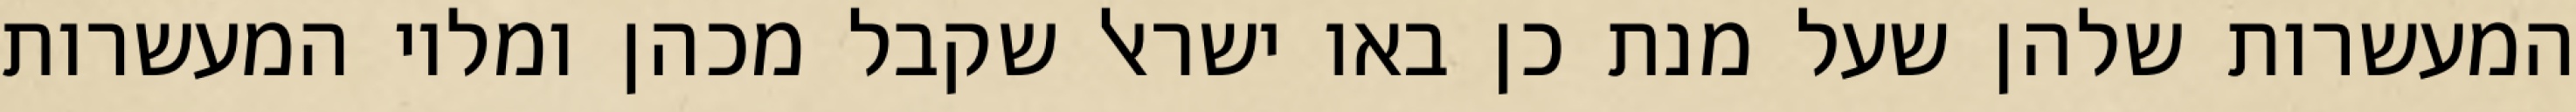
המעשרות שלהן שעל מנת כן באו ישראל שקבל מכהן ומלוי המעשרות